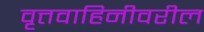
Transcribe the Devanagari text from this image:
वृत्तवाहिनीवरील